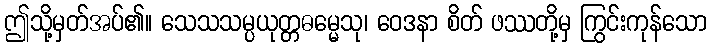
ဤသို့မှတ်အပ်၏။ သေသသမ္ပယုတ္တဓမ္မေသု၊ ဝေဒနာ စိတ် ဖဿတို့မှ ကြွင်းကုန်သော